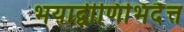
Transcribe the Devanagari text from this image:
भयाद्वीणिभिदैत्त